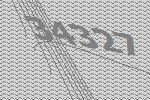
34327